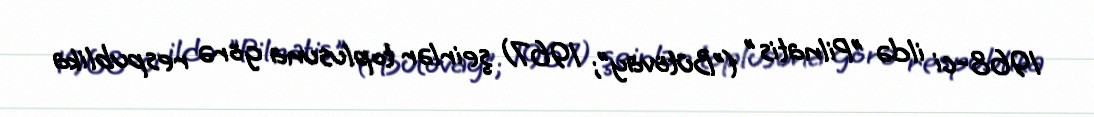
1968-ci ildə "Pilnatis" ("Bütövay"; 1967) şeirlər toplusuna görə respublika